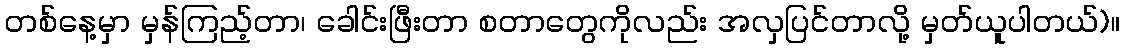
တစ်နေ့မှာ မှန်ကြည့်တာ၊ ခေါင်းဖြီးတာ စတာတွေကိုလည်း အလှပြင်တာလို့ မှတ်ယူပါတယ်)။